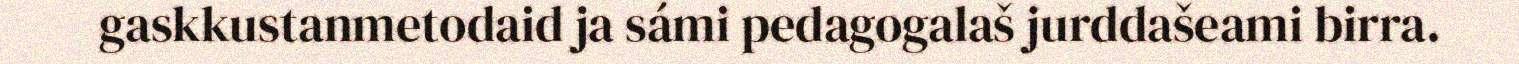
gaskkustanmetodaid ja sámi pedagogalaš jurddašeami birra.